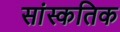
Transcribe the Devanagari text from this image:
सांस्कतिक